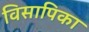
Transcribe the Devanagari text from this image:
विसापिका